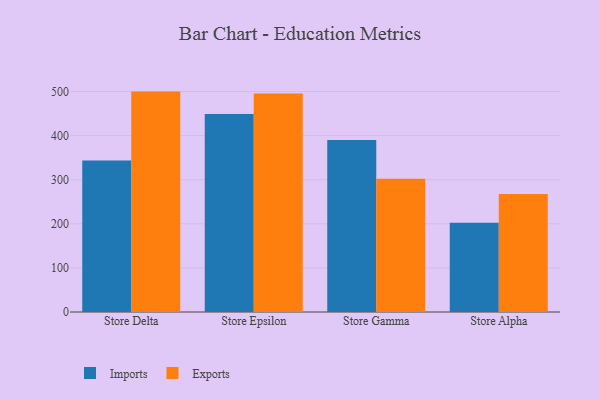
{"axis": {"x": "Store", "y": "Churn Rate (%)"}, "legend": ["Exports", "Imports"], "data": [{"x": "Store Delta", "y": 343.6, "type": "Imports"}, {"x": "Store Delta", "y": 499.8, "type": "Exports"}, {"x": "Store Epsilon", "y": 449.2, "type": "Imports"}, {"x": "Store Epsilon", "y": 495.4, "type": "Exports"}, {"x": "Store Gamma", "y": 390.1, "type": "Imports"}, {"x": "Store Gamma", "y": 302.0, "type": "Exports"}, {"x": "Store Alpha", "y": 202.3, "type": "Imports"}, {"x": "Store Alpha", "y": 267.7, "type": "Exports"}]}